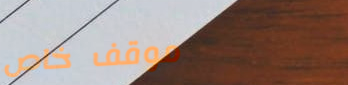
موقف خاص